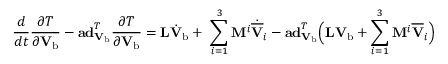
\frac { d } { d t } \frac { \partial T } { \partial \mathbf { V } _ { \mathrm { b } } } - \mathbf { a d } _ { \mathbf { V } _ { \mathrm { b } } } ^ { T } \frac { \partial T } { \partial \mathbf { V } _ { \mathrm { b } } } = \mathbf { L } \dot { \mathbf { V } } _ { \mathrm { b } } + \ \sum _ { i = 1 } ^ { 3 } \mathbf { M } ^ { i } \dot { \overline { { \mathbf { V } } } } _ { i } - \mathbf { a d } _ { \mathbf { V } _ { \mathrm { b } } } ^ { T } \Big ( \mathbf { L V } _ { \mathrm { b } } + \sum _ { i = 1 } ^ { 3 } \mathbf { M } ^ { i } \overline { { \mathbf { V } } } _ { i } \Big )